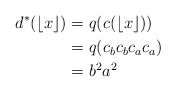
\begin{align*}d^*(\lfloor x \rfloor)&= q(c(\lfloor x \rfloor)) \\&= q(c_bc_bc_ac_a) \\&= b^2a^2\end{align*}